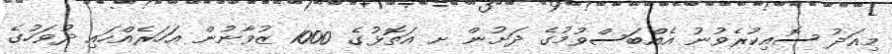
މިއަދު ސޮއިކުރެވުނު އެއްބަސްވުމުގެ ދަށުން ށ އަތޮޅުގެ 1000 ޒުވާނުން އަހަރެއްހައި ދުވަހުގެ